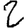
Digit: 2